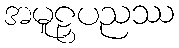
အမူဠှပညဿ